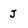
Character: J